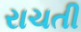
રાચતી